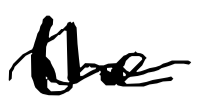
Text: the
Cross-out: mix
Writing tool: digital_black